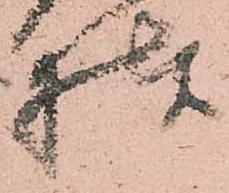
様